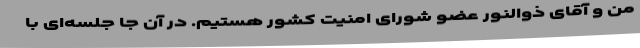
من و آقای ذوالنور عضو شورای امنیت کشور هستیم. در آن جا جلسه‌ای با